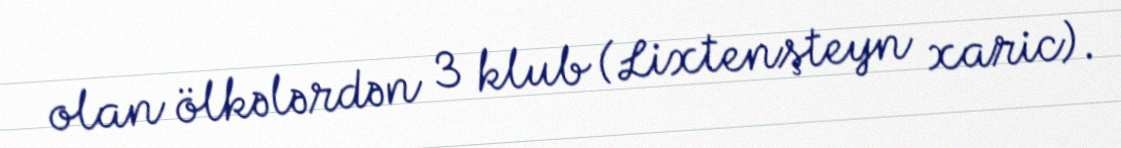
olan ölkələrdən 3 klub (Lixtenşteyn xaric).